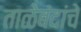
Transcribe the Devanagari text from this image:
ताळेबंदांचे